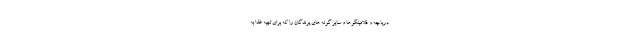
دریاچه و فلامینگوها و سایر گونه های پرندگان را که برای تهیه غذا به